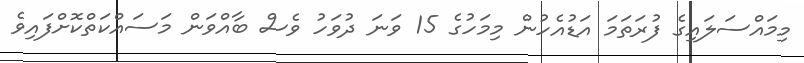
މިމައްސަލައިގެ ފުރަތަމަ އަޑުއެހުން މިމަހުގެ 15 ވަނަ ދުވަހު ވެސް ބާއްވަން މަސައްކަތްކޮށްފައިވެ